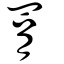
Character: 罥